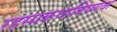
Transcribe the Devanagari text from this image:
रहस्यकथाविषयक